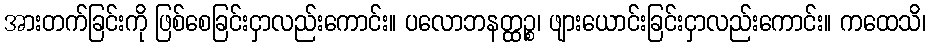
အားတက်ခြင်းကို ဖြစ်စေခြင်းငှာလည်းကောင်း။ ပလောဘနတ္ထဉ္စ၊ ဖျားယောင်းခြင်းငှာလည်းကောင်း။ ကထေသိ၊